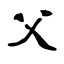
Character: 父